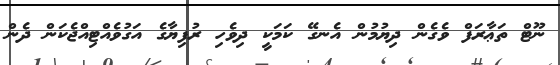
ނޫޓް ތަޢާރަފް ވެގެން ދިޔުމުން އެނގޭ ކަމަކީ ދިވެހި ރުފިޔާގެ އަގުވެއްޓިއްޖެކަން ދެން